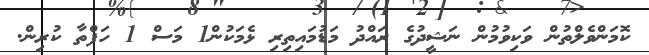
ކޮމަންވެލްތުން ވަކިވުމުން ނަޝީދުގެ ރައްދު މަޑުމައިތިރި ޅެމަކުން1 މަސް 1 ހަފްތާ ކުރިން.